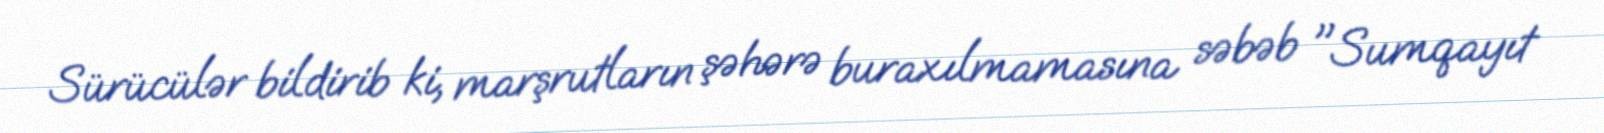
Sürücülər bildirib ki, marşrutların şəhərə buraxılmamasına səbəb "Sumqayıt